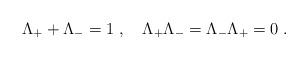
LaTeX: \begin{align*}\Lambda_{+} + \Lambda_{-} = 1 \; , \quad \Lambda_{+}\Lambda_{-} = \Lambda_{-}\Lambda_{+} = 0 \; .\end{align*}